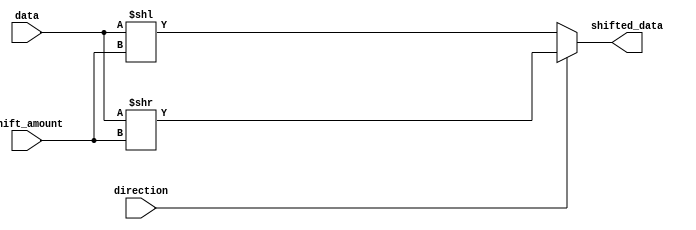
module Hybrid_Barrel_Shifter(
  input [7:0] data,
  input [2:0] shift_amount,
  input direction,
  output reg [7:0] shifted_data
);
  
  reg [7:0] temp;

  always @(*) begin
    if(direction) begin // Right shift
      temp = data >> shift_amount;
    end else begin // Left shift
      temp = data << shift_amount;
    end
    
    // Perform Arithmetic operation on temp
    // Add or subtract based on the shift amount
    // Your arithmetic operations code here
    
    shifted_data = temp;
  end
endmodule